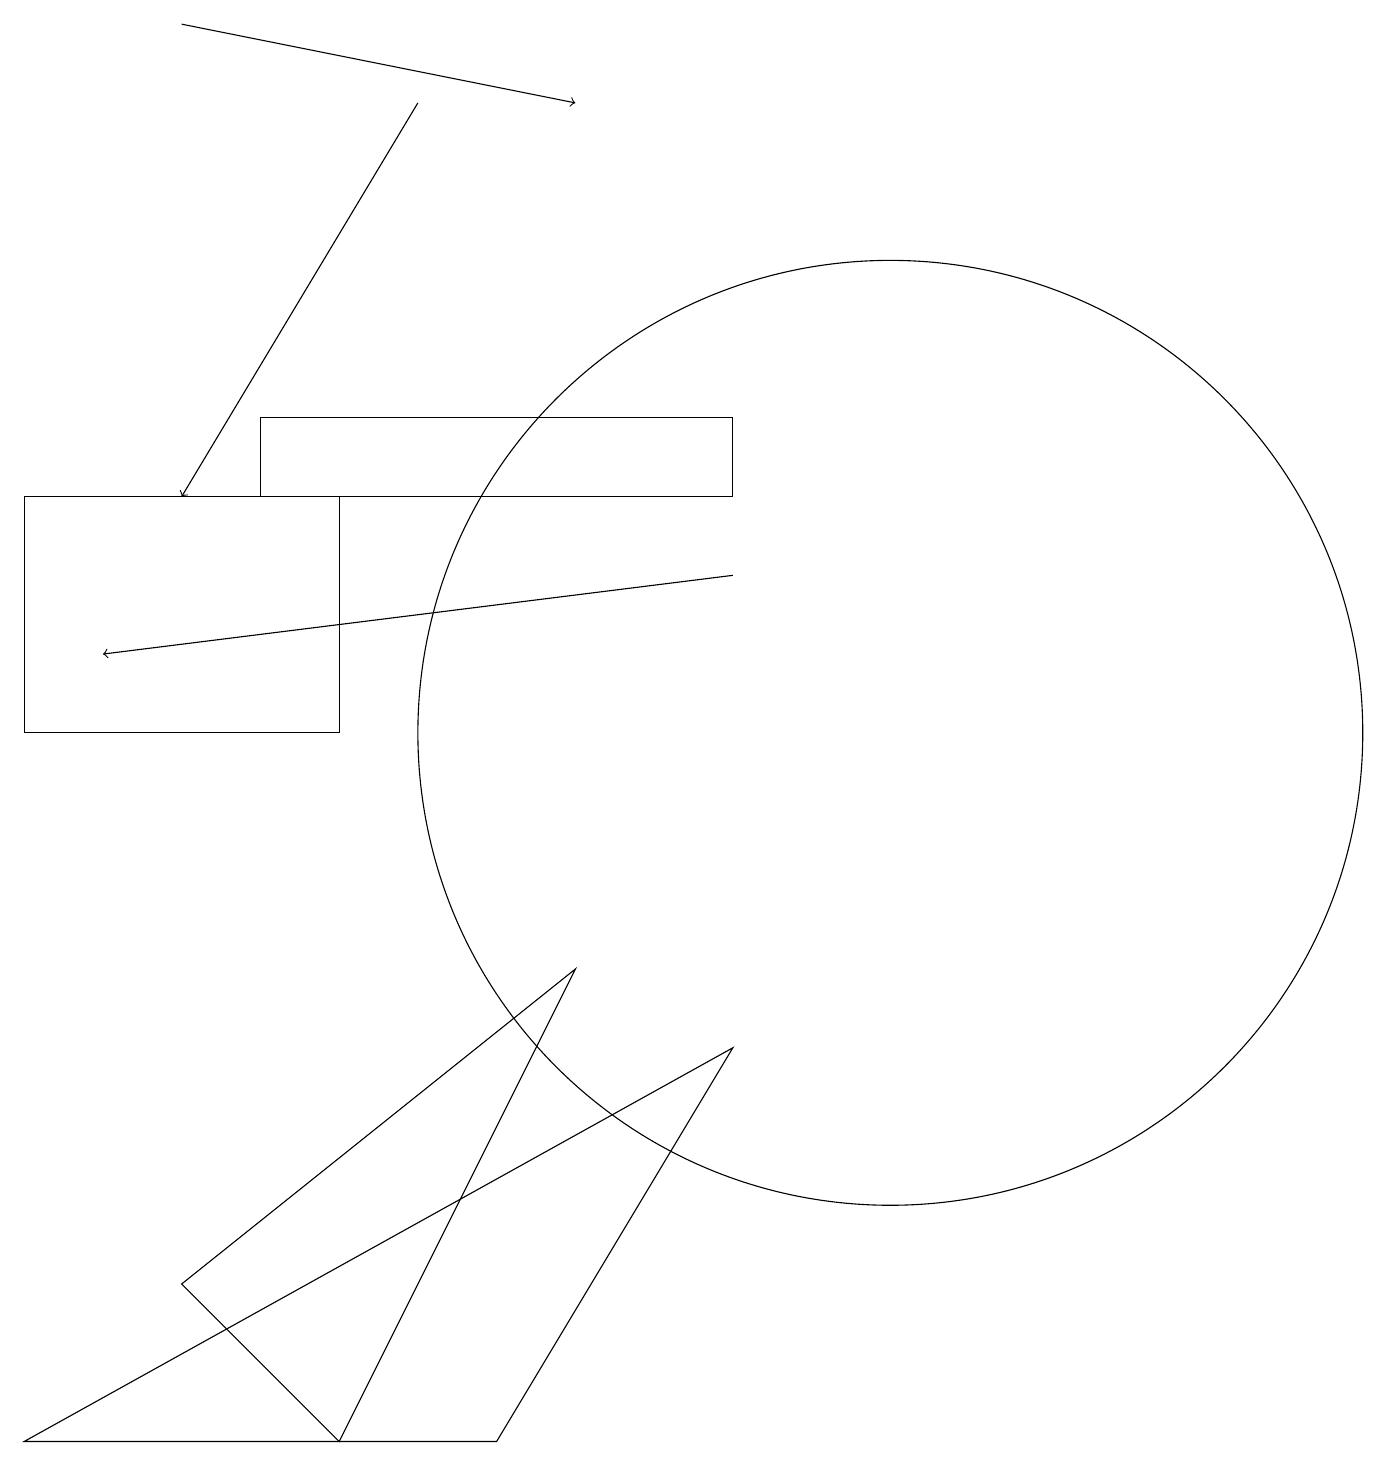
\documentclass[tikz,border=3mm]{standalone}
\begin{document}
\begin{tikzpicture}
\draw (3,13) rectangle (9,14);
\draw[->] (5,18) -- (2,13);
\draw (2,3) -- (7,7) -- (4,1) -- cycle;
\draw[->] (2,19) -- (7,18);
\draw (4,13) rectangle (0,10);
\draw (11,10) circle (6);
\draw[->] (9,12) -- (1,11);
\draw (6,1) -- (0,1) -- (9,6) -- cycle;
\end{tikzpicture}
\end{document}